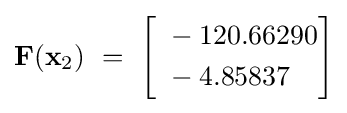
\mathbf {F} (\mathbf {x} _{2})~=~{\begin{bmatrix}{\begin{aligned}~&-120.66290\\~&-4.85837\end{aligned}}\end{bmatrix}}